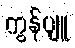
ကွန်ပျူ